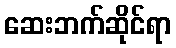
ဆေးဘက်ဆိုင်ရာ